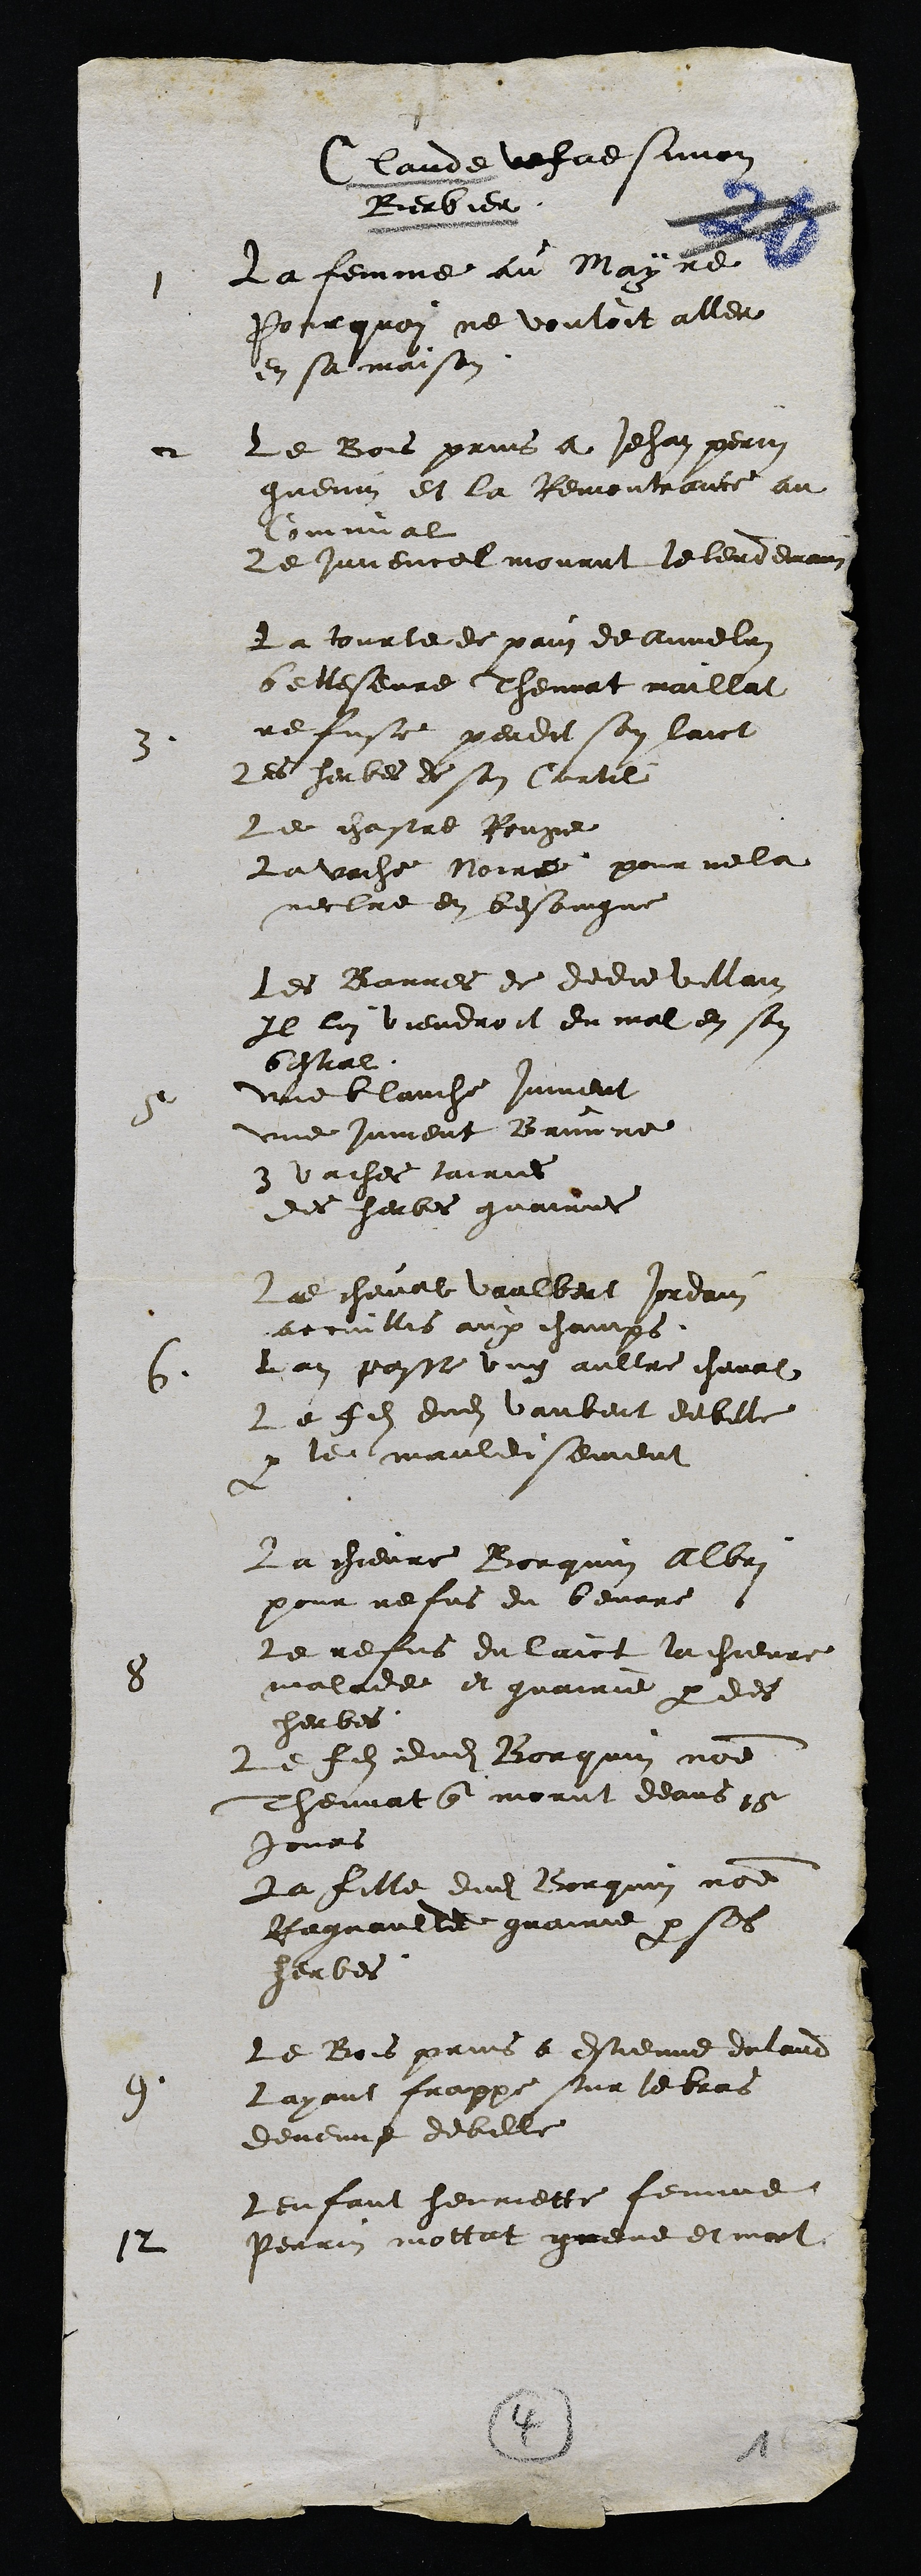
Claude vefve simon
Berbier
1
La femme au Maÿrpe
Pourquoy ne vouloit aller
en sa maison
et
Le Bois prins a Jehan perin
guenin et la Remontrance au
communal
Le juvencel mourut le lendemain
3
La tourte de pain de Annelin
belleseure Thennat maillat
refuse perdit son lant
les herbes de son Curtil
Le castre Rouge
La vache Noire pour ne la
mectre en besoingne
4
Les Barree de dedie villain
Il lui viendroit du mal en son
bestial
une blauche jument
une jument Brine
3 vache caire
des herbes guairi
5
La cheval valbert Jordain
accuillis aux champs
Lan passe ung aultre cheval
La fils dudit vaubent debille
par le maile sement
8
La chievre Borquin alori
pour refus du beurre
le refus du laict la chievre
malade et guairie par des
herbes
Le fils dudit Borquin nos
hennat que morut deans pe
jours
La fille dudit Borquin nomme
Bagnaulte guairie par ses
herbes
4
Le Bois prins a Estienne doland
ayant frappe sur le bras
devenne debille
2
lenfant heurette femme
Perrin mollat greve et moit